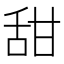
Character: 甜